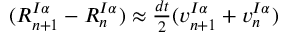
\begin{array} { r } { ( R _ { n + 1 } ^ { I \alpha } - R _ { n } ^ { I \alpha } ) \approx \frac { d t } { 2 } ( v _ { n + 1 } ^ { I \alpha } + v _ { n } ^ { I \alpha } ) } \end{array}